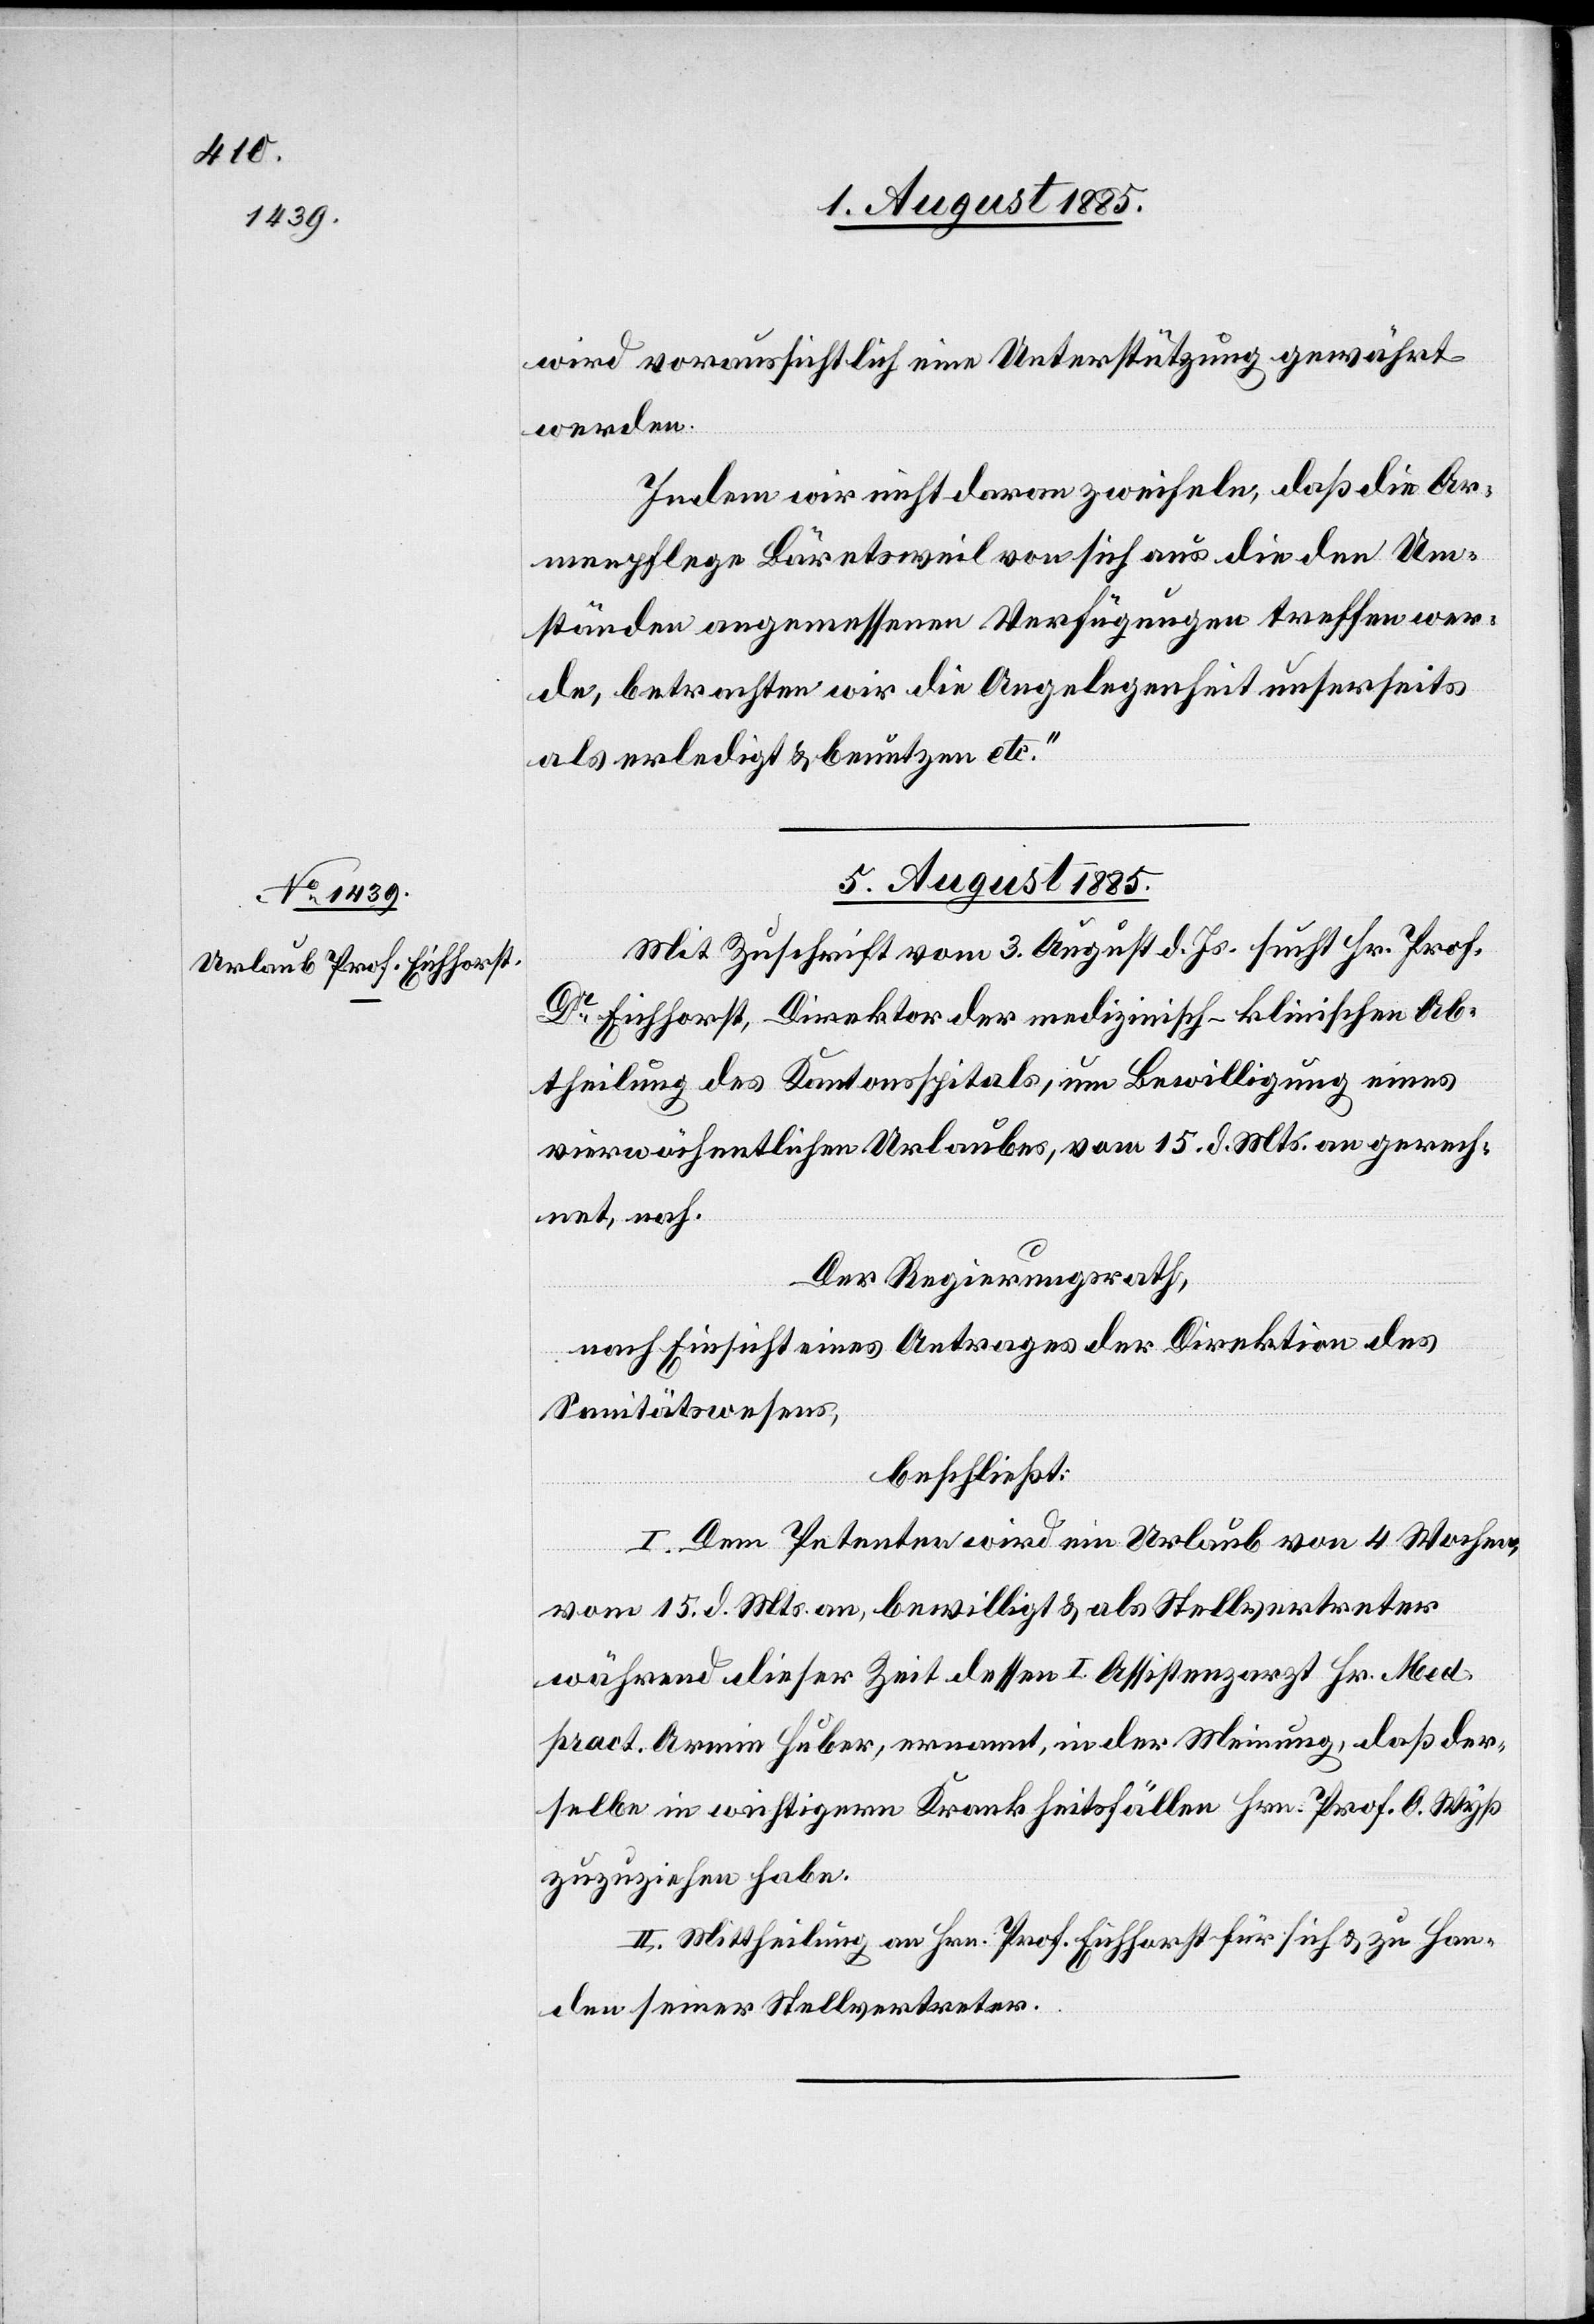
wird voraussichtlich eine Unterstützung gewährt
werden.
Indem wir nicht daran zweifeln, daß die Ar¬
menpflege Bäretsweil von sich aus die den Um¬
ständen angemessenen Verfügungen treffen wer¬
de, betrachten wir die Angelegenheit unserseits
als erledigt & benutzen etc.“
5. August 1885.
Mit Zuschrift vom 3. August d. Js. sucht Hr. Prof.D¬
r Eichhorst, Direktor der medizinisch-klinischen Ab¬
theilung des Kantonsspitals, um Bewilligung eines
vierwöchentlichen Urlaubes, vom 15. d. Mts. an gerech¬
net, nach.
Der Regierungsrath,
nach Einsicht eines Antrages der Direktion des
Sanitätswesens,
beschließt:
I. Dem Petenten wird ein Urlaub von 4 Wochen,
vom 15. d. Mts. an, bewilligt & als Stellvertreter
während dieser Zeit dessen I. Assistenzarzt Hr. Med.
pract. Armin Huber, ernannt, in der Meinung, daß der¬
selbe in wichtigern Krankheitsfällen Hrn. Prof. O. Wyß
zuzuziehen habe.
II. Mittheilung an Hrn. Prof. Eichhorst für sich & zu Han¬
den seiner Stellvertreter.